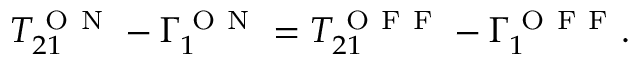
T _ { 2 1 } ^ { \mathrm { ~ O ~ N ~ } } - \Gamma _ { 1 } ^ { \mathrm { ~ O ~ N ~ } } = T _ { 2 1 } ^ { \mathrm { ~ O ~ F ~ F ~ } } - \Gamma _ { 1 } ^ { \mathrm { ~ O ~ F ~ F ~ } } .